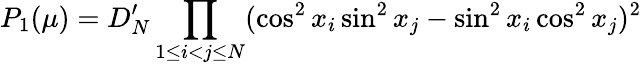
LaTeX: P_{1}(\mu)=D_{N}^{\prime}\prod_{1\le i<j\le N}(\cos^{2}x_{i}\sin^{2}x_{j}-\sin^{2}x_{i}\cos^{2}x_{j})^{2}